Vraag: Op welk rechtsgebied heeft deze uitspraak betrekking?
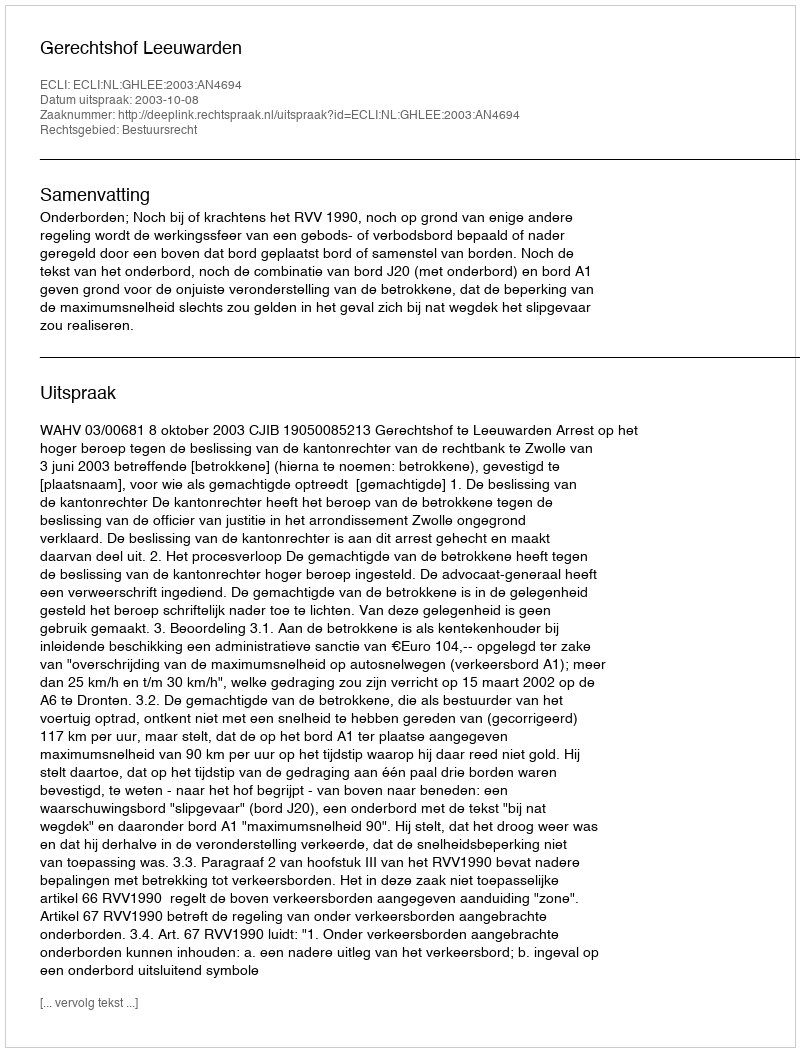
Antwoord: Bestuursrecht